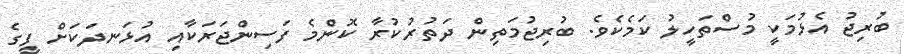
ބުރިިޖު އެޅުމަކީ މުސްތަހީލު ކަމެކެވެ. ބުރިޖުމަތިން ދަތުރުކުރާ ކޮންމެ ފަސިންޖަރަކާއި އުޅަނދަކަށް ފީގެ